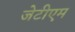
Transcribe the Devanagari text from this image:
जेटीएम